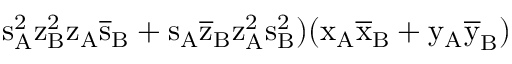
\mathrm { s _ { A } ^ { 2 } \mathrm { z _ { B } ^ { 2 } \mathrm { z _ { A } \mathrm { \overline { { s } } _ { B } + \mathrm { s _ { A } \mathrm { \overline { { z } } _ { B } \mathrm { z _ { A } ^ { 2 } \mathrm { s _ { B } ^ { 2 } ) ( \mathrm { x _ { A } \mathrm { \overline { { x } } _ { B } + \mathrm { y _ { A } \mathrm { \overline { { y } } _ { B } ) } } } } } } } } } } } }